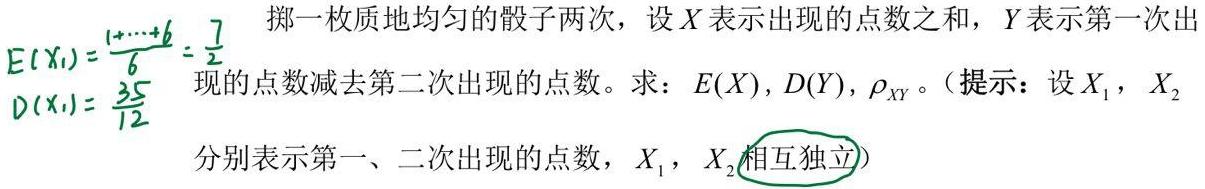
掷一枚质地均匀的骰子两次，设 \(X\) 表示出现的点数之和，\(Y\) 表示第一次出现的点数减去第二次出现的点数。求：\(E(X)\)，\(D(Y)\)，\(\rho_{XY}\)。（提示：设 \(X_1\)，\(X_2\) 分别表示第一、二次出现的点数，\(X_1\)，\(X_2\) 相互独立）